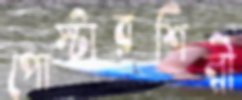
পোস্টারশিল্পী